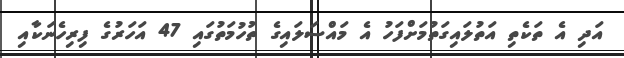
އަދި އެ ތަކެތި އަތުލައިގަތުމަށްފަހު އެ މައްސަލައިގެ ތުހުމަތުގައި 47 އަހަރުގެ ފިރިހެނަކާއި